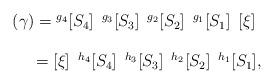
LaTeX: \begin{align*}\left.\begin{array}{l}(\gamma)={}^{g_4}[S_4]\hspace{2mm}{}^{g_3}[S_3]\hspace{2mm}{}^{g_2}[S_2]\hspace{2mm}{}^{g_1}[S_1]\hspace{2mm}[\xi]\\\\\hspace{6mm}=[\xi]\hspace{2mm}{}^{h_4}[S_4]\hspace{2mm}{}^{h_3}[S_3]\hspace{2mm}{}^{h_2}[S_2]\hspace{2mm}{}^{h_1}[S_1],\\\end{array}\right.\end{align*}